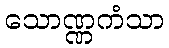
သောဏ္ဏကံသာ